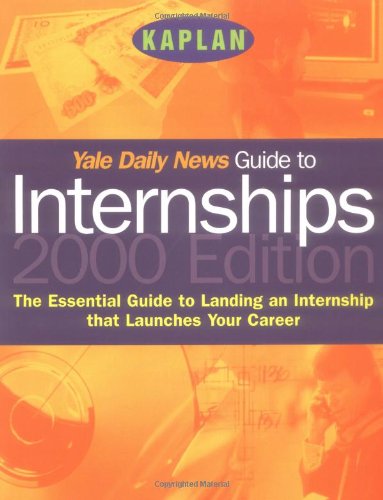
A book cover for Yale Daily News Guide to Internships 2000; Kaplan; Business & Money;